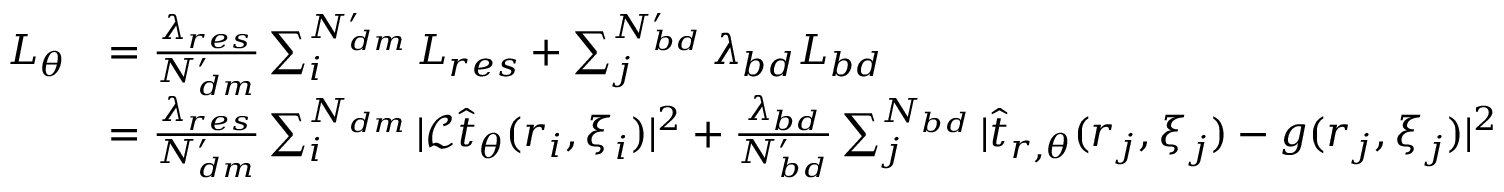
\begin{array} { r l } { L _ { \theta } } & { = \frac { \lambda _ { r e s } } { N _ { d m } ^ { \prime } } \sum _ { i } ^ { N _ { d m } ^ { \prime } } L _ { r e s } + \sum _ { j } ^ { N _ { b d } ^ { \prime } } \lambda _ { b d } L _ { b d } } \\ & { = \frac { \lambda _ { r e s } } { N _ { d m } ^ { \prime } } \sum _ { i } ^ { N _ { d m } } | \mathcal { L } \hat { t } _ { \theta } ( \boldsymbol { r } _ { i } , \boldsymbol { \xi } _ { i } ) | ^ { 2 } + \frac { \lambda _ { b d } } { N _ { b d } ^ { \prime } } \sum _ { j } ^ { N _ { b d } } | \hat { t } _ { r , \theta } ( \boldsymbol { r } _ { j } , \boldsymbol { \xi } _ { j } ) - g ( \boldsymbol { r } _ { j } , \boldsymbol { \xi } _ { j } ) | ^ { 2 } } \end{array}